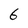
Character: 6